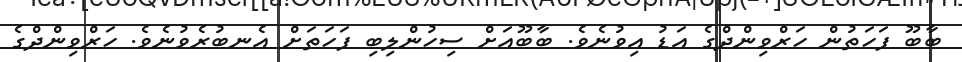
ބާބޫ ފަހަތުން ހަރްވިންދްގެ އަޑު އިވުނެވެ. ބާބޫއަށް ސިހުންލިބި ފަހަތަށް އެނބުރެވުނެވެ. ހަރްވިންދްގެ